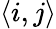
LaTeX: \left\langle i,j\right\rangle